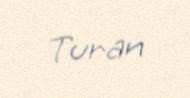
Turan